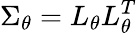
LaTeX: \Sigma_{\theta}=L_{\theta}L_{\theta}^{T}